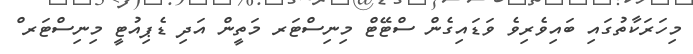
މިހަރަކާތުގައި ބައިވެރިވެ ވަޑައިގެން ސްޓޭޓް މިނިސްޓަރ މަތީން އަދި ޑެޕިއުޓީ މިނިސްޓަރ ް